画像に写った文字を読んでください
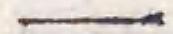
「一」と書いてあります